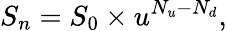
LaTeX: S_{n}=S_{0}\times u^{N_{u}-N_{d}},